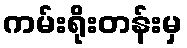
ကမ်းရိုးတန်းမှ